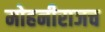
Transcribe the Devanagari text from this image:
मोहनीराजच